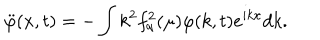
LaTeX: \ddot { \varphi } ( x , t ) = - \int k ^ { 2 } f _ { q } ^ { 2 } ( \mu ) \varphi ( k , t ) e ^ { i k x } d k .